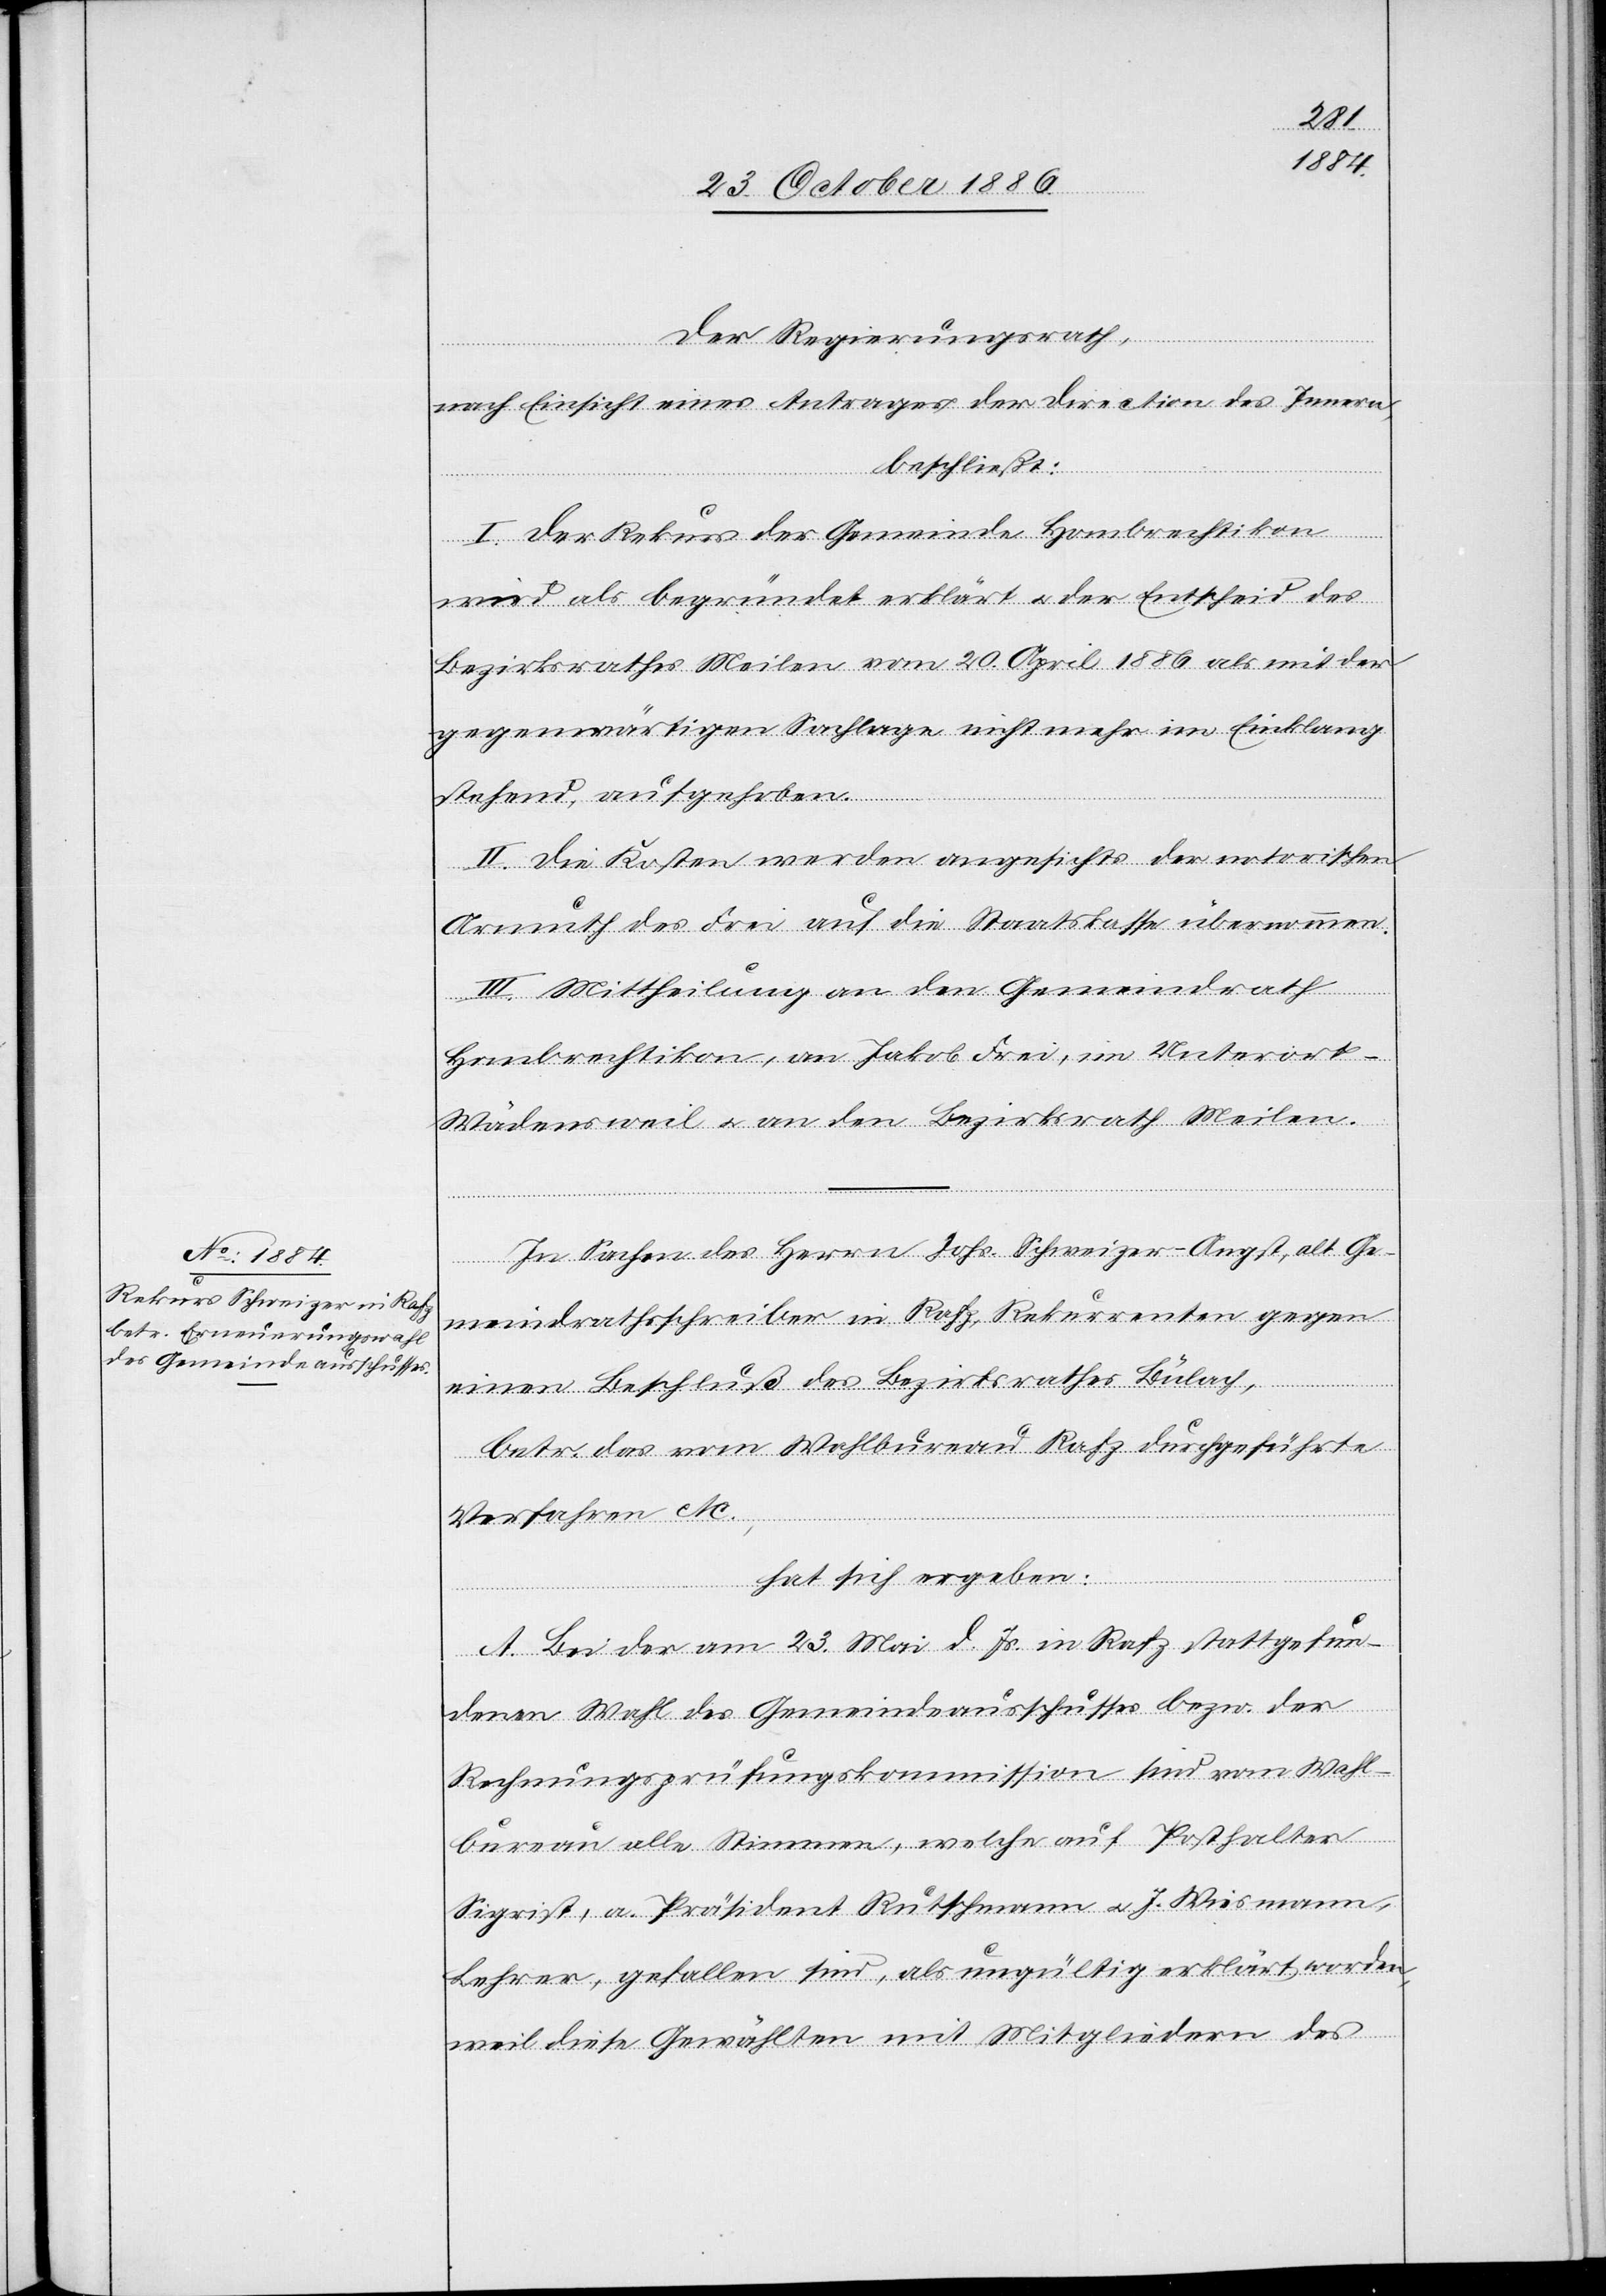
Der Regierungsrath,
nach Einsicht eines Antrages der Direction des Innern,
beschließt:
I. Der Rekurs der Gemeinde Hombrechtikon
wird als begründet erklärt & der Entscheid des
Bezirksrathes Meilen vom 20. April 1886 als mit der
gegenwärtigen Sachlage nicht mehr im Einklang
stehend, aufgehoben.
II. Die Kosten werden angesichts der notorischen
Armuth des Frei auf die Staatskasse übernommen.
III. Mittheilung an den Gemeindrath
Hombrechtikon, an Jakob Frei, im Unterort -
Wädensweil & an den Bezirksrath Meilen.
In Sachen des Herrn Johs. Schweizer-Angst, alt Ge¬
meindrathsschreiber in Rafz, Rekurrenten gegen
einen Beschluß des Bezirksrathes Bülach,
betr. das vom Wahlbureau Rafz durchgeführte
Verfahren etc.,
hat sich ergeben:
A. Bei der am 23. Mai d. Js. in Rafz stattgefun¬
denen Wahl des Gemeindeausschusses bezw. der
Rechnungsprüfungskommission sind vom Wahl¬
bureau alle Stimmen, welche auf Posthalter
Sigrist, a. Präsident Rutschmann & J. Wiesmann,
Lehrer, gefallen sind, als ungültig erklärt worden,
weil diese Gewählten mit Mitgliedern des